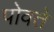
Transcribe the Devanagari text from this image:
पोवते